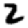
Digit: 2